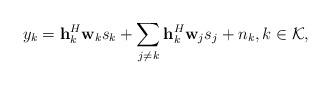
LaTeX: \begin{align*}y_k = \mathbf{h}_k^{H} \mathbf{w}_k s_k + \sum_{j \neq k}\mathbf{h}_k^{H} \mathbf{w}_j s_j + n_k, k \in \mathcal{K}, \end{align*}